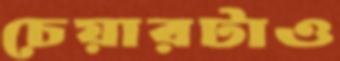
চেয়ারটাও